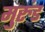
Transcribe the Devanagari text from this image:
मुरुंड